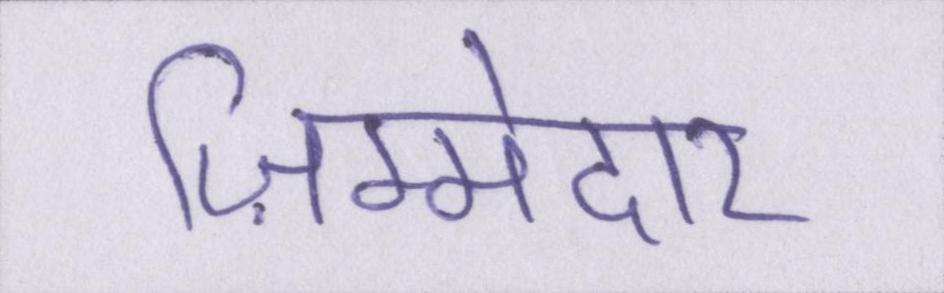
ज़िम्मेदार